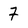
Character: 7